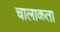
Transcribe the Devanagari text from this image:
चालाकता